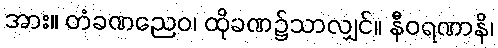
အား။ တံခဏညေဝ၊ ထိုခဏ၌သာလျှင်။ နီဝရဏာနိ၊